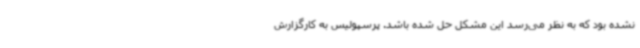
نشده بود که به نظر می‌رسد این مشکل حل شده باشد. پرسپولیس به کارگزارش